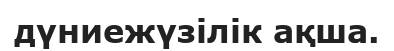
дүниежүзілік ақша.